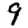
Digit: 9